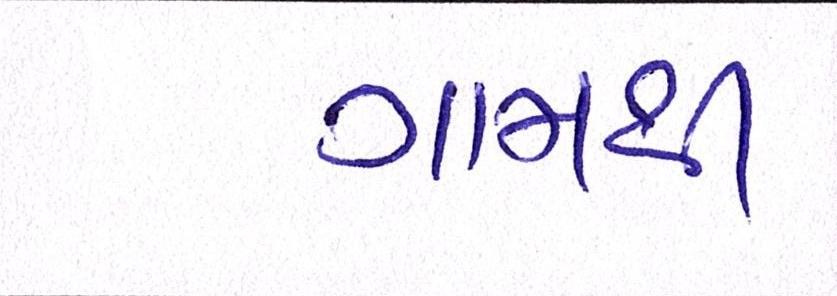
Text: ગામથી